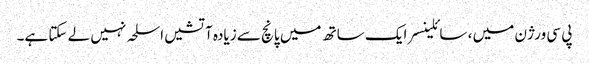
پی سی ورژن میں ، سائلینسر ایک ساتھ میں پانچ سے زیادہ آتشیں اسلحہ نہیں لے سکتا ہے۔